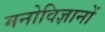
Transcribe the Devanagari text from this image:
मनोविज्ञानों